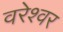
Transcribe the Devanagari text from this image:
वरेश्वर